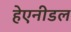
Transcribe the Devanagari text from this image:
हेएनीडल